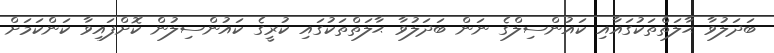
ބަދަލުވާ ޙާލަތްތަކުގައާއި ކައުންސިލްގެ ނަން ބަދަލުވާ ޙާލަތްތަކުގައި ކުރީގެ ކައުންސިލުން ކޮށްފައިވާ ކަންކަމަށް